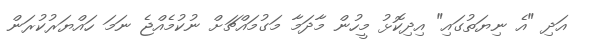
އަދި "އެ ނިޔަތުގައި" އިދިކޮޅު މީހުން މާދަމާ މަގުމައްޗަށް ނުކުމެއްޖެ ނަމަ ހައްޔަރުކުރަން